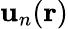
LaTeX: \mathbf{u}_{n}(\mathbf{{r}})